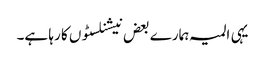
یہی المیہ ہمارے بعض نیشنلسٹوں کا رہا ہے۔